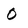
Character: 0